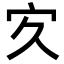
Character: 㝌